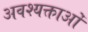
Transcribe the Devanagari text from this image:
अवश्यक्ताओं